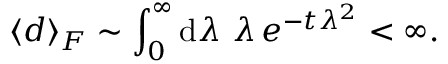
\langle d \rangle _ { F } \sim \int _ { 0 } ^ { \infty } \mathrm { d } \lambda \, \, \lambda \, e ^ { - t \lambda ^ { 2 } } < \infty .